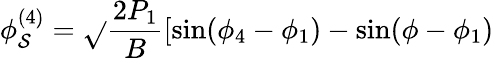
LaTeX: \phi_{\mathcal{S}}^{(4)}=\sqrt{}{{\frac{{2P_{1}}}{{B}}[\sin(\phi_{4}-\phi_{1})-\sin(\phi-\phi_{1})}}